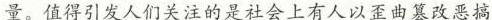
量。值得引发人们关注的是社会上有人以歪曲篡改恶搞